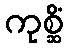
ကုစ္ဆိံ